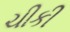
ચીકી